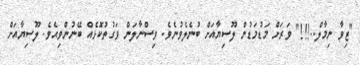
"ޒިވާ ނިމާލް..!!!" ވަރަށް މަޑުމަޑުން ލޫސިޔާއަށް ބުނެލެވުނެވެ. ވިސްނާލަން ވަގުތުކޮޅެއް ބޭނުންވިއެވެ. ލޫސިޔާއަށް